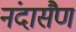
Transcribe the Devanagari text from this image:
नंदासैण